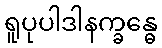
ရူပုပါဒါနက္ခန္ဓေ